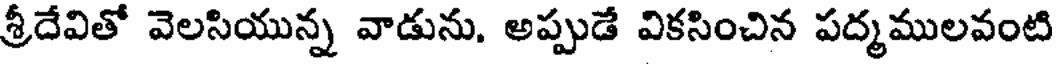
శ్రీదేవితో వెలసియున్న వాడును. అప్పుడే వికసించిన పద్మములవంటి